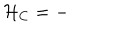
{ \cal H } _ { \mathrm { C } } = -